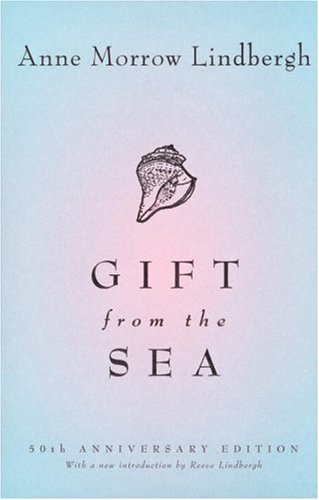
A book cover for Gift from the Sea; Anne Morrow Lindbergh; Biographies & Memoirs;